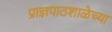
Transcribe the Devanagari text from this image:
प्राज्ञपाठशाळेच्या